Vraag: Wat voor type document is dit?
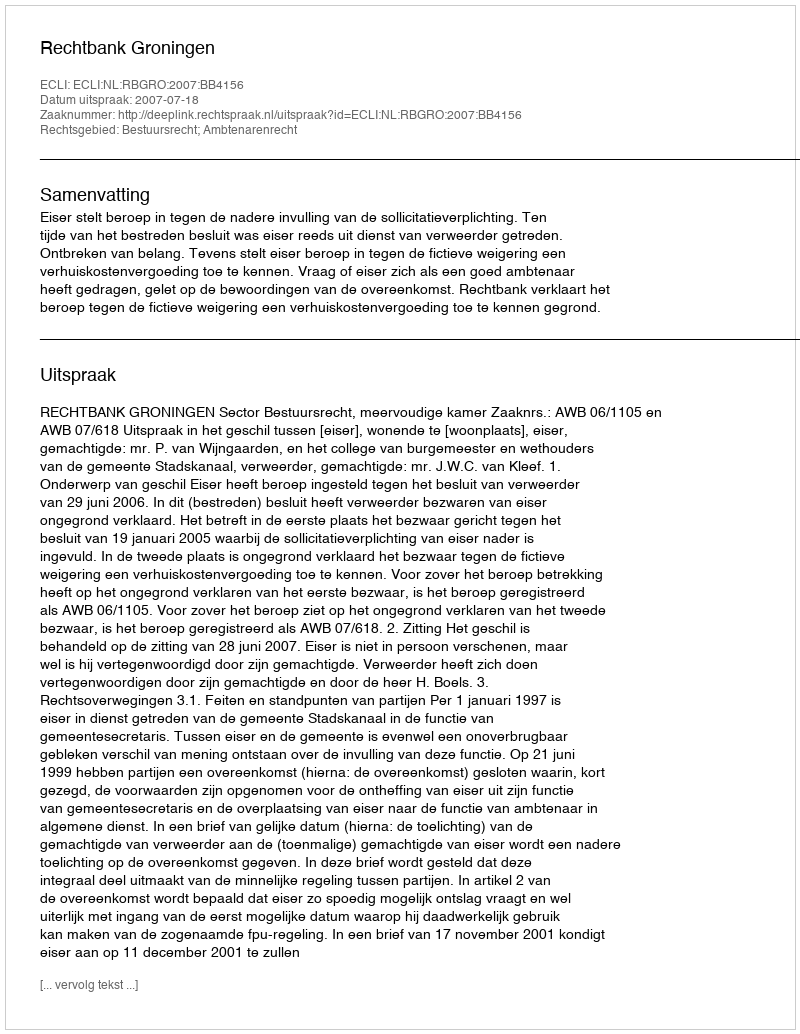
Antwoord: Uitspraak